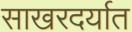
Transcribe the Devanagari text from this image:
साखरदर्यात